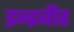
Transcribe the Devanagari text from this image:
इन्द्रबीर